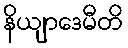
နိယျာဒေမီတိ